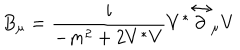
B _ { \mu } = \frac { i } { - m ^ { 2 } + 2 V ^ { * } V } V ^ { * } \stackrel \leftrightarrow \partial _ { \mu } V